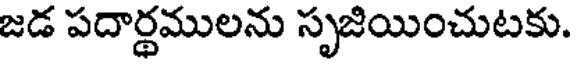
జడ పదార్థములను సృజియించుటకు.